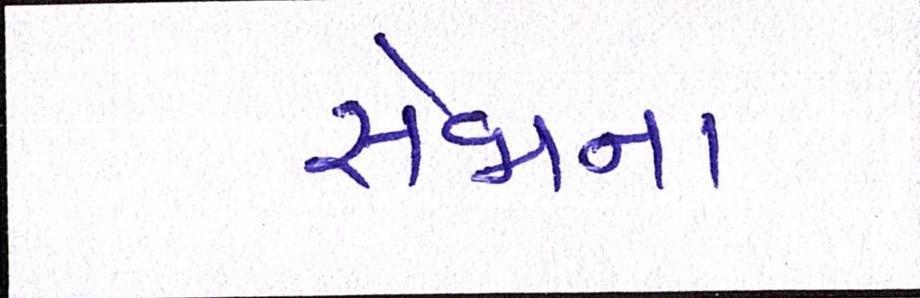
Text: સેજાના